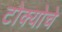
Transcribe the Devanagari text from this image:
टोक्योचे